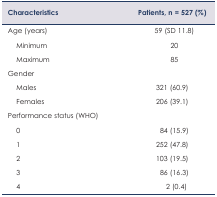
| Characteristics | Patients, n = 527 (%) |
 | --- | --- |
 | Age (years) | 59 (SD 11.8) |
 | Minimum | 20 |
 | Maximum | 85 |
 | Gender |  |
 | Males | 321 (60.9) |
 | Females | 206 (39.1) |
 | Performance status (WHO) |  |
 | 0 | 84 (15.9) |
 | 1 | 252 (47.8) |
 | 2 | 103 (19.5) |
 | 3 | 86 (16.3) |
 | 4 | 2 (0.4) |